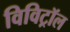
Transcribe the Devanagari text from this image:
विविट्रॉल